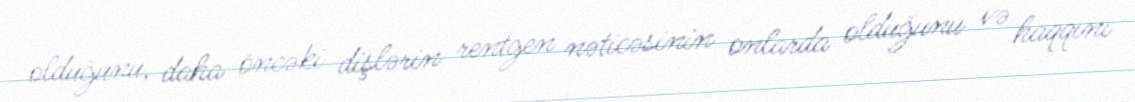
olduğunu, daha öncəki dişlərin rentgen nəticəsinin onlarda olduğunu və haqqını